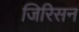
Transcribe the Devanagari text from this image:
जिरिसन